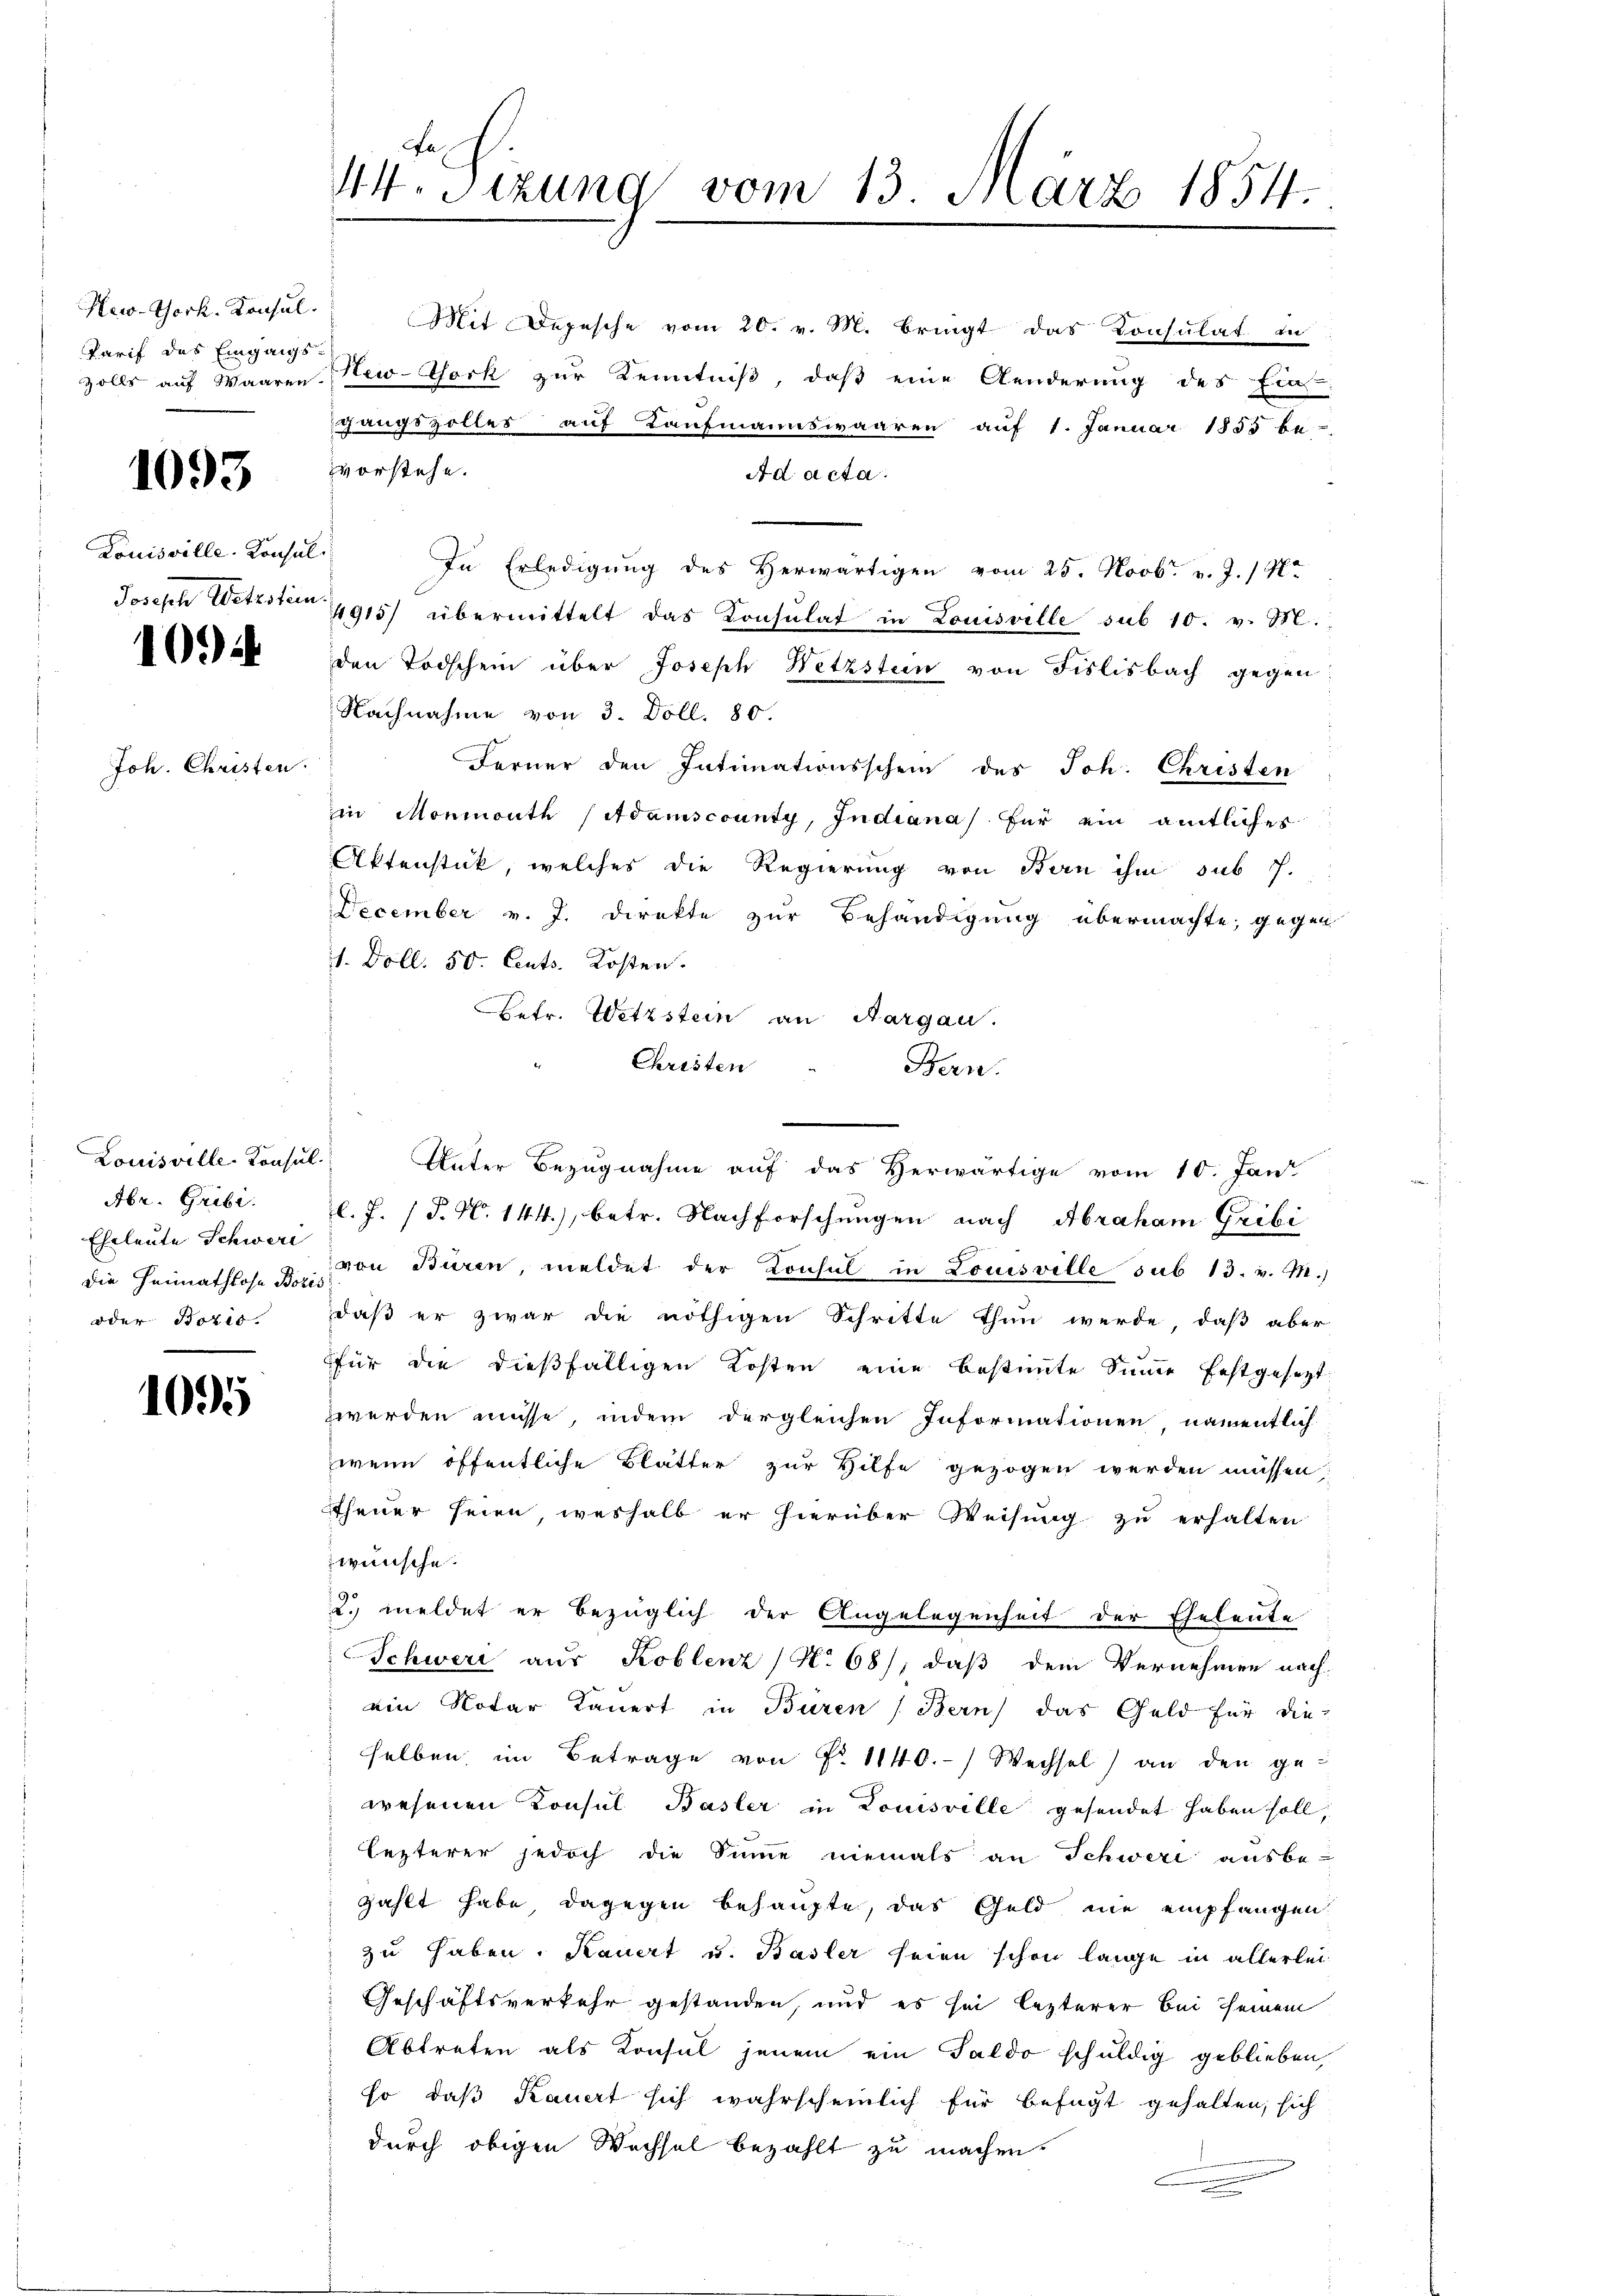
New-York, Konsul
Tarif des Eingangs-

1093

Louisville. Konsul
Josisch Wetzstein.

10.)

Joh. Christen.

Louisville-Konsul
Abr. Gribi.
Eheleute Schweri
die Heimathlose Bozis
oder Botis.

100

44 Sizung vom 13. März 1854.

Mit Depesche vom 20. v. M. bringt das Konsulat in
zolls auf Waaren. New-York zur Kenntniß, daß eine Aenderung des Ein
sgangszolles auf Kaufmannswaaren auf 1. Januar 1855 be-
vvorstehe.
Ad acta
In Erledigung des Herwärtigen vom 25. Novbr. v. J. / M.
4915/ übermittelt das Konsulat in Louisville sub 10. v. M.
den Todschein über Joseph Wetzstein von Fislisbach gegen
Nachnahme von 3. Doll. 80.
Ferner den Intimationsschein des Joh. Christen
in Monmouth (Adamscounty, Indiana) für ein amtliches
Aktenstück, welches die Regierung von Bern ihm sub P.
December v. J. Direkte zur Behändigung übermachte, gegen
1. Doll. 50. Cents. Kosten.
etr. Wetzstein an Margau.
Christen
Bern.
Unter Bezugnahme auf das Herwärtige vom 10. Jan
l. J. (T. N. 144), betr. Nachforschungen nach Abraham Gribi
von Büren, meldet der Konsul in Louisville sub 13. v. M.)
daß er zwar die nöthigen Schritte thun werde, daß aber
für die dießfälligen Kosten eine bestimmte Summe festgesetzt
zwerden müsse, indem dergleichen Informationen, namentlich
wenn öffentliche Blätter zur Hilfe gezogen werden müssen;
theuer seien weshalb er hierüber Weisung zu erhalten
wünsche.
2. meldet er bezüglich der Angelegenheit der Eheleute
Schwere aus Koblenz (N. 681; daß dem Vernehmen nach
ein Notar Tauert in Buren (Bern) das Geld für die
selben, im Betrage von No 1140.) Wechsel) an den ge-
wesenen Konsul Basler in Louisville gesendet haben soll,
lezterer jedoch die Sinne niemals an Schweri ausbe-
zählt habe, dagegen behaupte, das Geld nie empfangen
zu haben. Kauert u. Basler seien schon lange in allerlei
Geschäftsverkehr gestanden, und es sei lezterer bei seinem
Abtreten als Konsul jenem ein Saldo schuldig geblieben,
so, daß Kauert sich wahrscheinlich für befugt gehalten, sich
durch obigen Wechsel bezahlt zu machen.